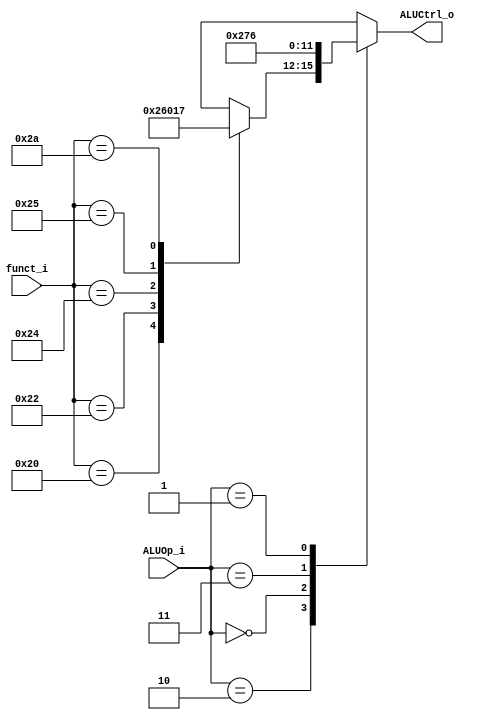
// 110550108
//Subject:     CO project 2 - ALU Controller
//--------------------------------------------------------------------------------
//Version:     1
//--------------------------------------------------------------------------------
//Writer:      
//----------------------------------------------
//Date:        
//----------------------------------------------
//Description: 
//--------------------------------------------------------------------------------

module ALU_Ctrl(
    funct_i,
    ALUOp_i,
    ALUCtrl_o
    );

//I/O ports 
input      [6-1:0] funct_i;
input      [3-1:0] ALUOp_i;

output     [4-1:0] ALUCtrl_o;    

//Internal Signals
reg        [4-1:0] ALUCtrl_o;

//Select exact operation
always @(ALUOp_i, funct_i) begin
    case (ALUOp_i)
        3'b010: // r-format
            case (funct_i)
                6'b100000: ALUCtrl_o <= 4'b0010;    // add
                6'b100010: ALUCtrl_o <= 4'b0110;    // sub
                6'b100100: ALUCtrl_o <= 4'b0000;    // and
                6'b100101: ALUCtrl_o <= 4'b0001;    // or
                6'b101010: ALUCtrl_o <= 4'b0111;    // slt
                default:   ALUCtrl_o <= 4'bxxxx;
            endcase
        3'b000:  ALUCtrl_o <= 4'b0010;   // addi, lw, sw, jump, jal
        3'b011:  ALUCtrl_o <= 4'b0111;   // slti
        3'b001:  ALUCtrl_o <= 4'b0110;   // beq
        default: ALUCtrl_o <= 4'bxxxx;
    endcase
end

endmodule